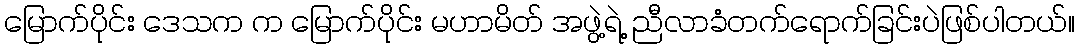
မြောက်ပိုင်း ဒေသက က မြောက်ပိုင်း မဟာမိတ် အဖွဲ့ရဲ့ ညီလာခံတက်ရောက်ခြင်းပဲဖြစ်ပါတယ်။